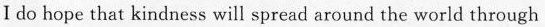
I do hope that kindness will spread around the world through